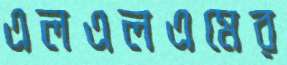
এলএলএমের